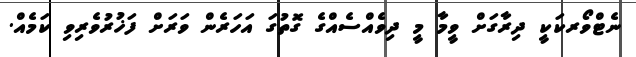
ނެޓްވޯރކަކީ ދިރާގަށް ވީމާ މީ ދިވެއްސެއްގެ ގޮތުގަ އަހަރެން ވަރަށް ފަޚުރުވެރިވި ކަމެއް.